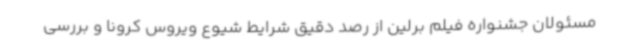
مسئولان جشنواره فیلم برلین از رصد دقیق شرایط شیوع ویروس کرونا و بررسی